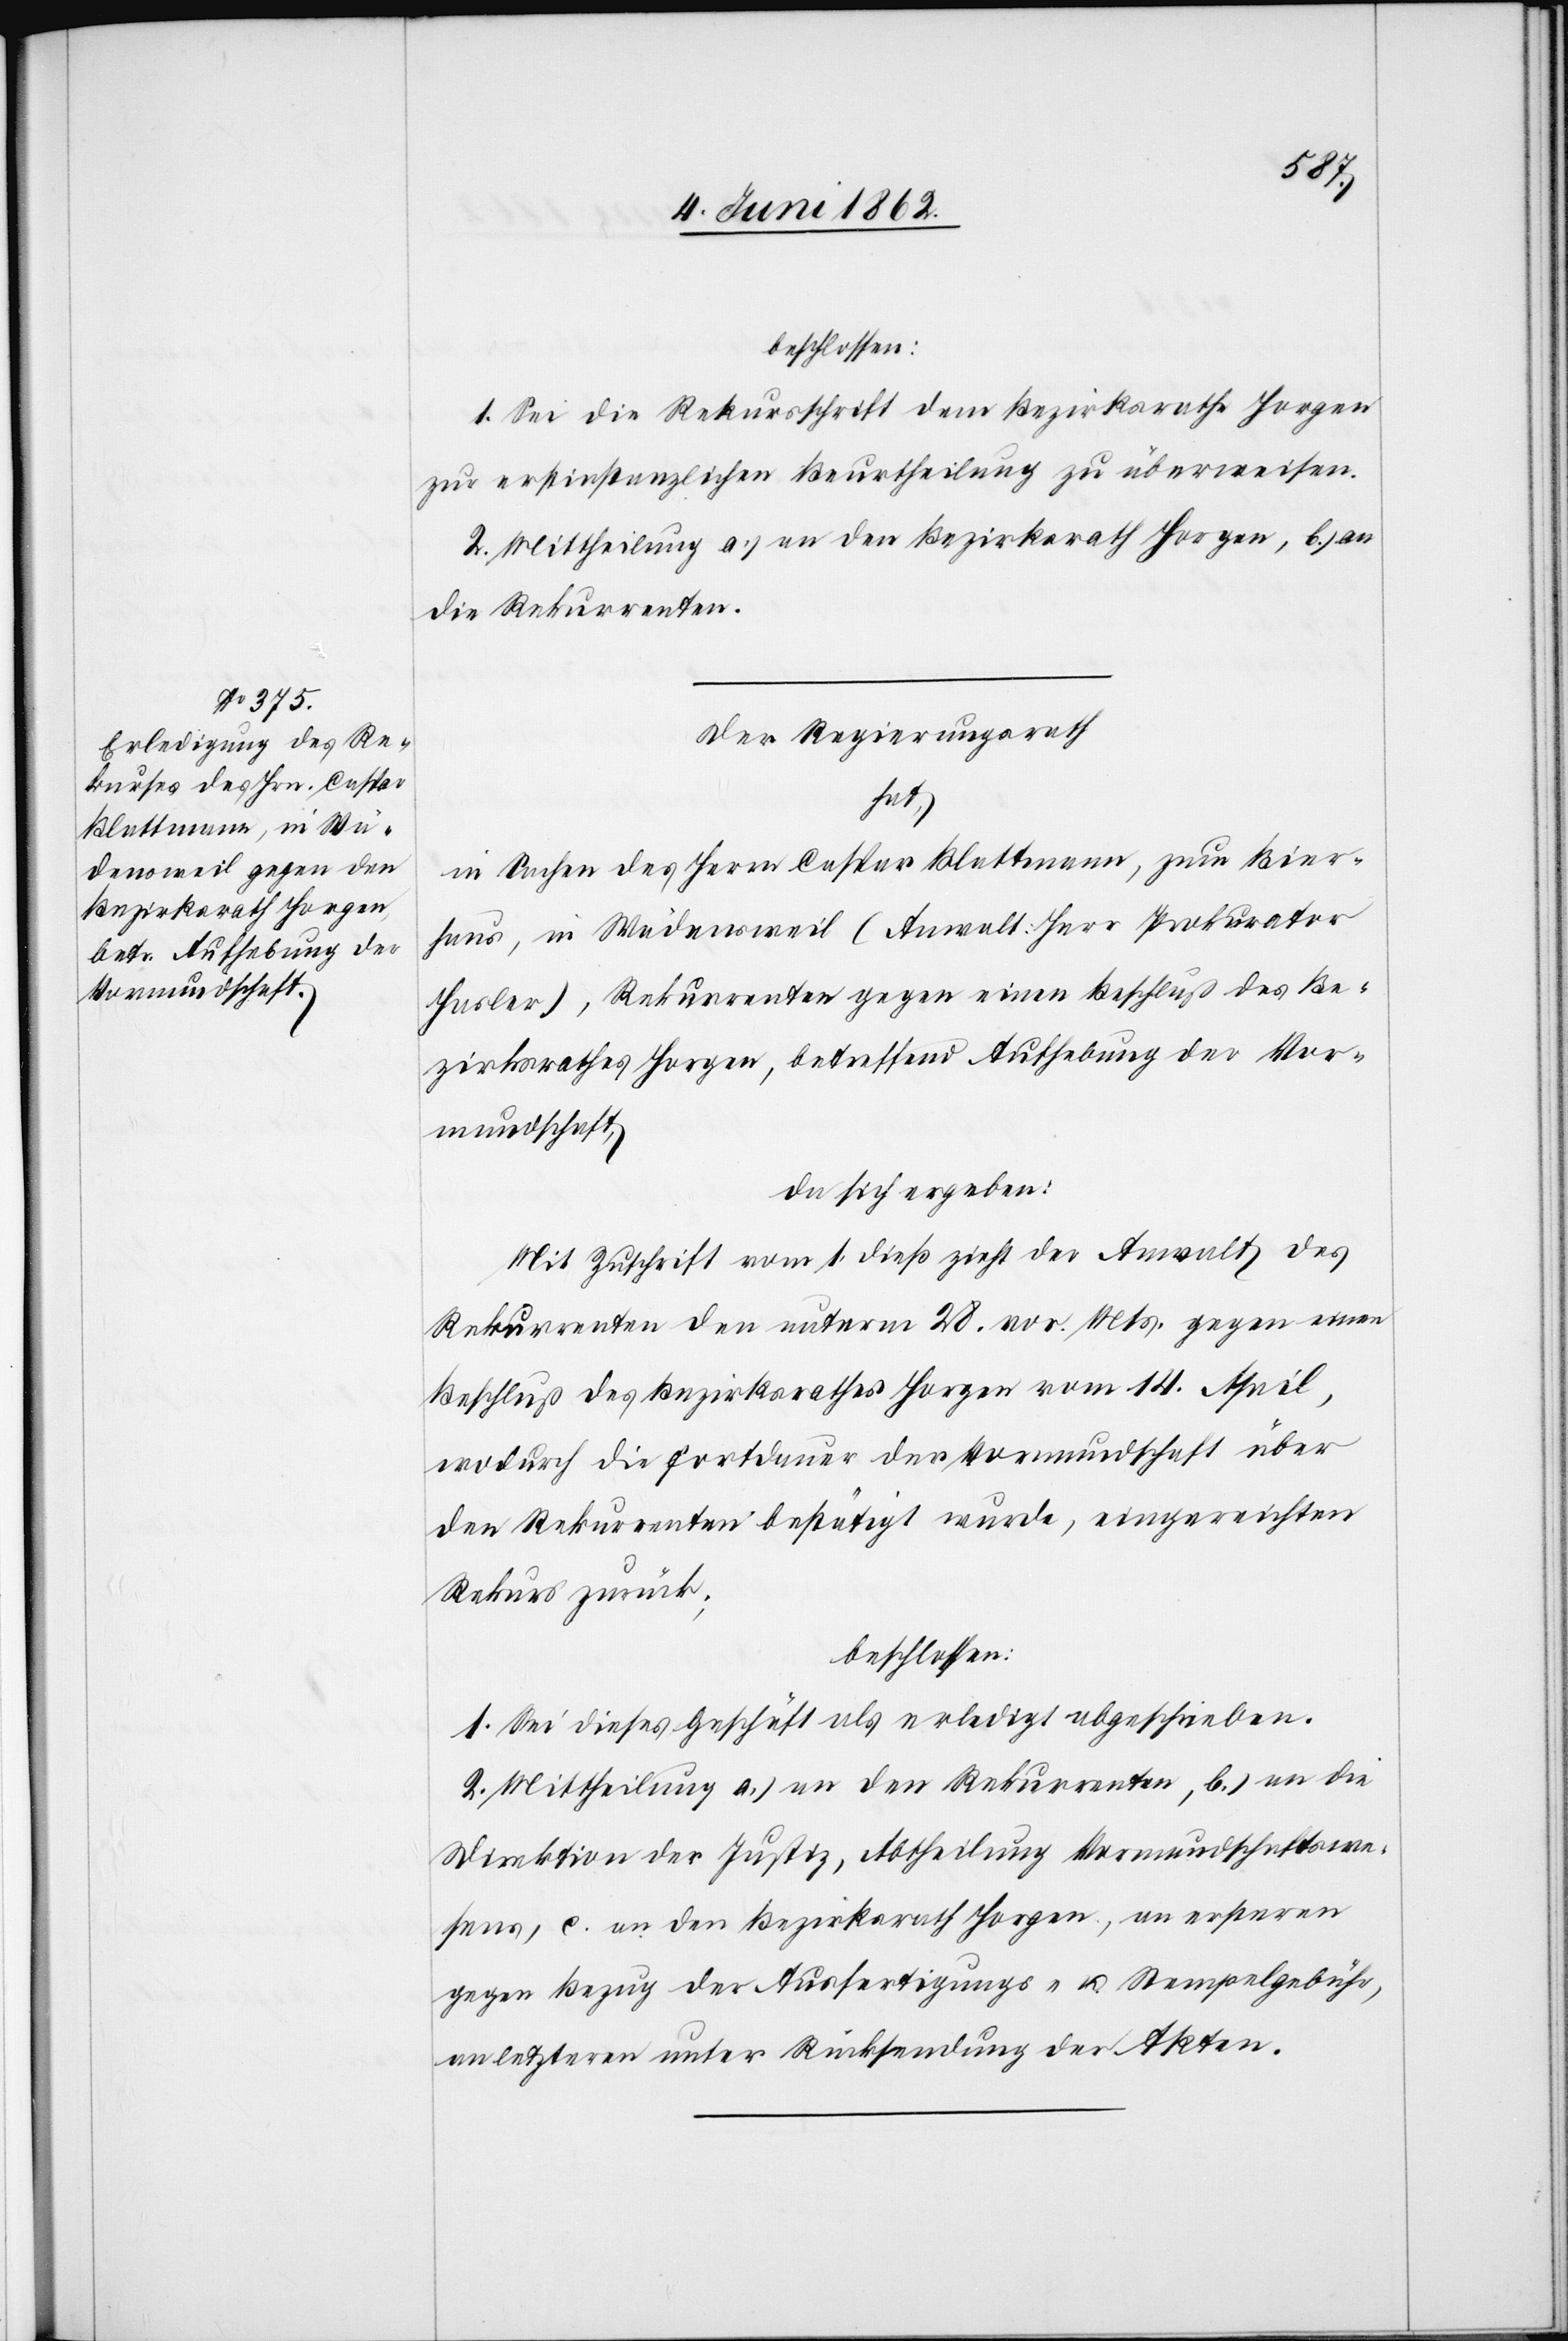
beschlossen:
1. Sei die Rekursschrift dem Bezirksrathe Horgen
zur erstinstanzlichen Beurtheilung zu überweisen.
2. Mittheilung a) an den Bezirksrath Horgen, b) an
die Rekurrenten.
Der Regierungsrath
hat,
in Sachen des Herrn Caspar Blattmann, zum Bier¬
haus, in Wädensweil (Anwalt Herr Prokurator
Hasler), Rekurrenten gegen einen Beschluß des Be¬
zirksrathes Horgen, betreffend Aufhebung der Vor¬
mundschaft,
da sich ergeben:
Mit Zuschrift vom 1. dieß zieht der Anwalt des
Rekurrenten den unterm 28. vor. Mts. gegen einen
Beschluß des Bezirksrathes Horgen vom 14. April,
wodurch die Fortdauer der Vormundschaft über
den Rekurrenten bestätigt wurde, eingereichten
Rekurs zurück;
beschlossen:
1. Sei dieses Geschäft als erledigt abgeschrieben.
2. Mittheilung a) an den Rekurrenten, b) an die
Direktion der Justiz, Abtheilung Vormundschaftswe¬
sen, c. an den Bezirksrath Horgen, an ersteren
gegen Bezug der Ausfertigungs- u. Stempelgebühr,
an letzteren unter Rücksendung der Akten.